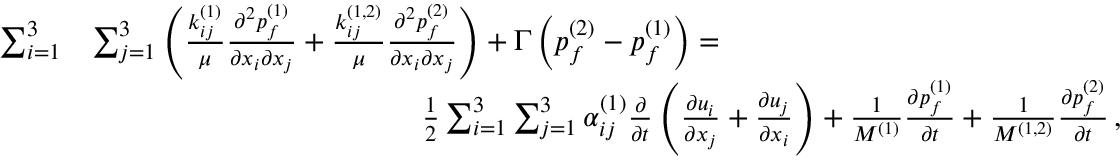
\begin{array} { r l } { \sum _ { i = 1 } ^ { 3 } } & { \sum _ { j = 1 } ^ { 3 } \left( \frac { k _ { i j } ^ { ( 1 ) } } { \mu } \frac { \partial ^ { 2 } { p _ { f } ^ { ( 1 ) } } } { \partial { x _ { i } } \partial { x _ { j } } } + \frac { k _ { i j } ^ { ( 1 , 2 ) } } { \mu } \frac { \partial ^ { 2 } { p _ { f } ^ { ( 2 ) } } } { \partial { x _ { i } } \partial { x _ { j } } } \right) + \Gamma \left( p _ { f } ^ { ( 2 ) } - p _ { f } ^ { ( 1 ) } \right) = \hphantom { X X X X X X X X X X X X X } } \\ & { \hphantom { X X X X X X X X X X X X X } \frac { 1 } { 2 } \sum _ { i = 1 } ^ { 3 } \sum _ { j = 1 } ^ { 3 } \alpha _ { i j } ^ { ( 1 ) } \frac { \partial } { \partial { t } } \left( \frac { \partial { u _ { i } } } { \partial { x _ { j } } } + \frac { \partial { u _ { j } } } { \partial { x _ { i } } } \right) + \frac { 1 } { M ^ { ( 1 ) } } \frac { \partial { p _ { f } ^ { ( 1 ) } } } { \partial { t } } + \frac { 1 } { M ^ { ( 1 , 2 ) } } \frac { \partial { p _ { f } ^ { ( 2 ) } } } { \partial { t } } \, , } \end{array}